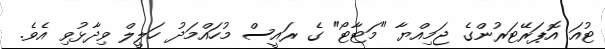
ޓުއަ އޮޕަރޭޓަރުންގެ ޖަމިއްޔާ "މަޓާޓޯ" ގެ ރައީސް މުހައްމަދު ހަލީލް ވިދާޅުވި އެވެ.